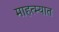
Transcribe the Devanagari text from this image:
माहत्म्यात